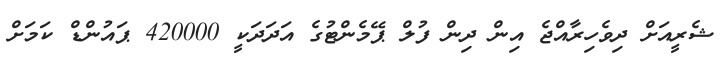
ޝެރީއަށް ދިވެހިރާއްޖެ އިން ދިން ފުލް ޕޭމެންޓުގެ އަދަދަކީ 420000 ޕައުންޑް ކަމަށް